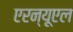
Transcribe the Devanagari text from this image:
एरन्‍यूएल